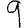
Digit: 9